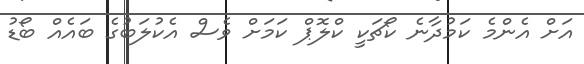
އަށް އެންމެ ކަމުދާނެ ކޯޗަކީ ކްލޮޕް ކަމަށް ވެސް އެކުލަބުގެ ބައެއް ބޯޑު